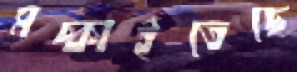
মচ্‌কাইতেছে